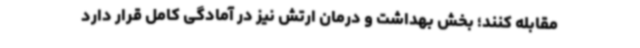
مقابله کنند؛ بخش بهداشت و درمان ارتش نیز در آمادگی کامل قرار دارد